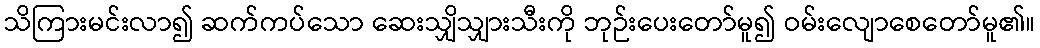
သိကြားမင်းလာ၍ ဆက်ကပ်သော ဆေးသျှိသျှားသီးကို ဘုဉ်းပေးတော်မူ၍ ဝမ်းလျောစေတော်မူ၏။